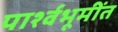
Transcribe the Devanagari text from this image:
पार्श्वभूमींत